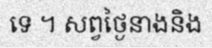
ទេ ។ សព្វថ្ងៃនាងនិង